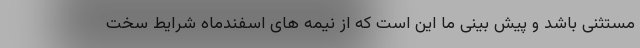
مستثنی باشد و پیش بینی ما این است که از نیمه های اسفندماه شرایط سخت